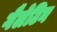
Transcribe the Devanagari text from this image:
गैलेटिन